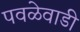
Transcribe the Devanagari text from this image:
पवळेवाडी